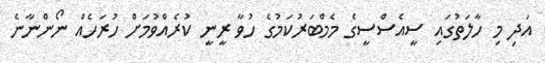
އަދި މި ހާލަތުގައި ސީއެސްސީގެ މެމްބަރުކަމުގެ ހުވާ ރީނީ ކުރެއްވުމަށް ހުރަހެއް ނޯންނާނެ